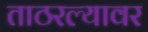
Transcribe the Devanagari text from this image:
ताठरल्यावर